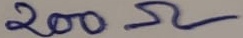
Text: 200Ω